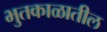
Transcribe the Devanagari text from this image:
भुतकाळातील